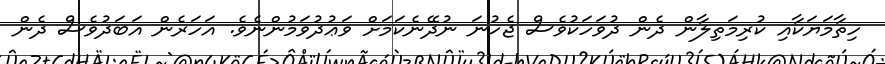
ހިތާމަޔަކާއި ކުރިމަތިލާން ދެން ދުވަހަކުވެސް ޖެހުނަ ނުދޭނެކަމަށް ވަޢުދުވަމުންނެވެ. އަހަރެން އަބަދުވެސް ދެން